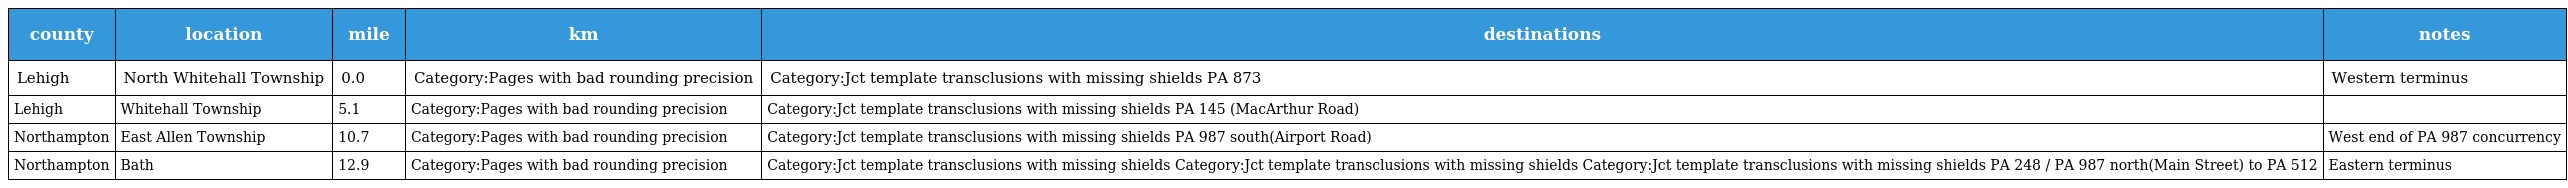
| county | location | mile | km | destinations | notes |
 | --- | --- | --- | --- | --- | --- |
 | Lehigh | North Whitehall Township | 0.0 | Category:Pages with bad rounding precision | Category:Jct template transclusions with missing shields PA 873 | Western terminus |
 | Lehigh | Whitehall Township | 5.1 | Category:Pages with bad rounding precision | Category:Jct template transclusions with missing shields PA 145 (MacArthur Road) |  |
 | Northampton | East Allen Township | 10.7 | Category:Pages with bad rounding precision | Category:Jct template transclusions with missing shields PA 987 south(Airport Road) | West end of PA 987 concurrency |
 | Northampton | Bath | 12.9 | Category:Pages with bad rounding precision | Category:Jct template transclusions with missing shields Category:Jct template transclusions with missing shields Category:Jct template transclusions with missing shields PA 248 / PA 987 north(Main Street) to PA 512 | Eastern terminus |